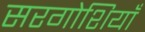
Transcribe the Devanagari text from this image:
सरगोशियाँ